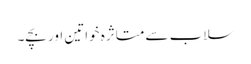
سلاب سے متاثرہ خواتین اور بچے۔